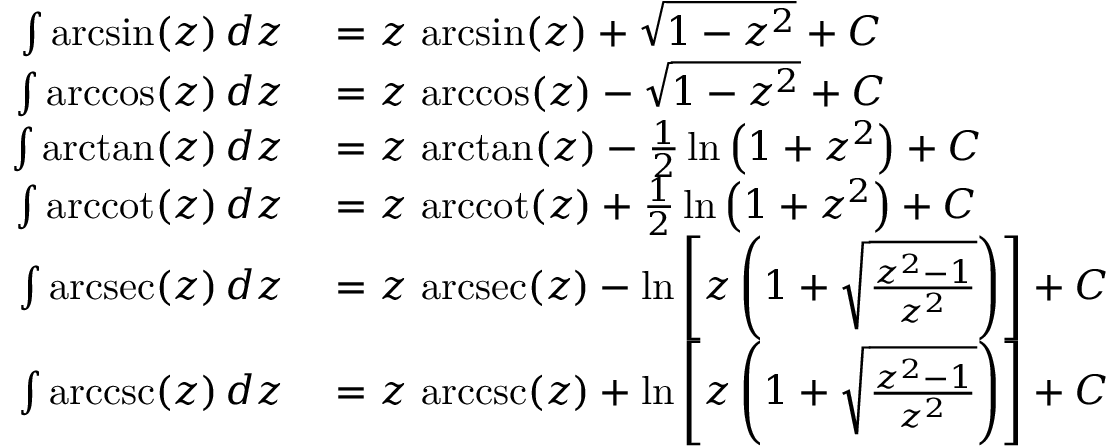
\begin{array} { r l } { \int \arcsin ( z ) \, d z } & { { } { } = z \, \arcsin ( z ) + { \sqrt { 1 - z ^ { 2 } } } + C } \\ { \int \operatorname { a r c c o s } ( z ) \, d z } & { { } { } = z \, \operatorname { a r c c o s } ( z ) - { \sqrt { 1 - z ^ { 2 } } } + C } \\ { \int \arctan ( z ) \, d z } & { { } { } = z \, \arctan ( z ) - { \frac { 1 } { 2 } } \ln \left( 1 + z ^ { 2 } \right) + C } \\ { \int \operatorname { a r c c o t } ( z ) \, d z } & { { } { } = z \, \operatorname { a r c c o t } ( z ) + { \frac { 1 } { 2 } } \ln \left( 1 + z ^ { 2 } \right) + C } \\ { \int \operatorname { a r c s e c } ( z ) \, d z } & { { } { } = z \, \operatorname { a r c s e c } ( z ) - \ln \left[ z \left( 1 + { \sqrt { \frac { z ^ { 2 } - 1 } { z ^ { 2 } } } } \right) \right] + C } \\ { \int \operatorname { a r c c s c } ( z ) \, d z } & { { } { } = z \, \operatorname { a r c c s c } ( z ) + \ln \left[ z \left( 1 + { \sqrt { \frac { z ^ { 2 } - 1 } { z ^ { 2 } } } } \right) \right] + C } \end{array}